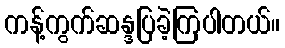
ကန့်ကွက်ဆန္ဒပြခဲ့ကြပါတယ်။